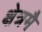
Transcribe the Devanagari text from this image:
क्षेत्रमै